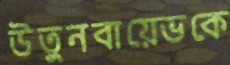
উতুনবায়েভকে